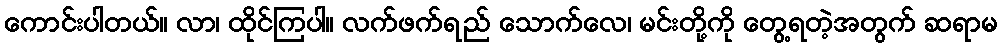
ကောင်းပါတယ်။ လာ၊ ထိုင်ကြပါ။ လက်ဖက်ရည် သောက်လေ၊ မင်းတို့ကို တွေ့ရတဲ့အတွက် ဆရာမ